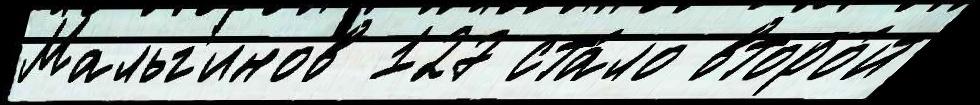
Мальг'инов 127 ста́ло второ́й